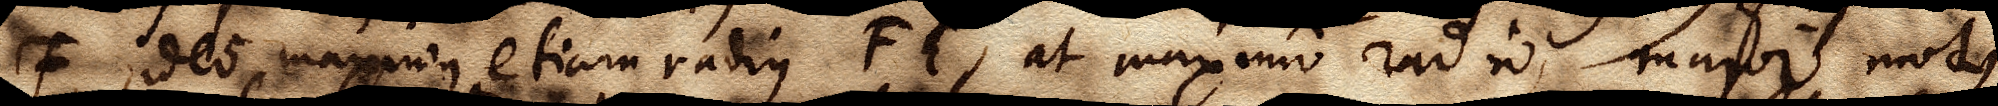
F, ideo maximus etiam radius FE, at maximo radio, major motus ,